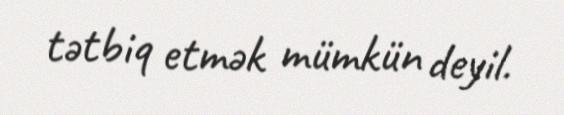
tətbiq etmək mümkün deyil.